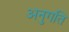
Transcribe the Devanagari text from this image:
अनुगति